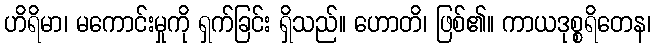
ဟိရိမာ၊ မကောင်းမှုကို ရှက်ခြင်း ရှိသည်။ ဟောတိ၊ ဖြစ်၏။ ကာယဒုစ္စရိတေန၊